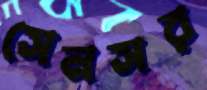
সেনসর